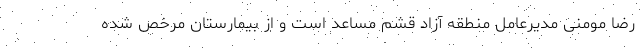
رضا مومنی مدیرعامل منطقه آزاد قشم مساعد است و از بیمارستان مرخص شده